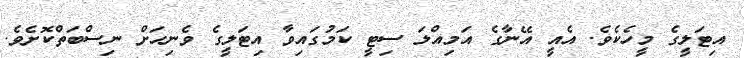
އިޓަލީގެ މީހެކެވެ. އެއީ އޭނާގެ އަމިއްލަ ސިޓީ ކަމުގައިވާ އިޓަލީގެ ވެނިހަށް ނިސްބަތްކޮށެވެ.